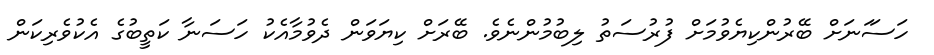
ހަސަަނަށް ބޭރުންކިޔެވުމަށް ފުރުސަތު ލިބުމުންނެވެ. ބޭރަށް ކިޔަވަން ދެވުމާއެކު ހަސަނާ ކަތީބުގެ އެކުވެރިކަން